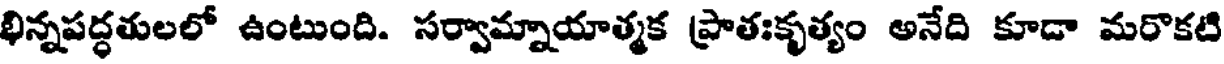
భిన్నపద్ధతులలో ఉంటుంది. సర్వామ్నాయాత్మక ప్రాతఃకృత్యం అనేది కూడా మరొకటి